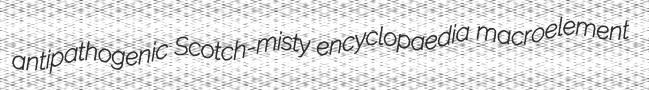
antipathogenic Scotch-misty encyclopaedia macroelement